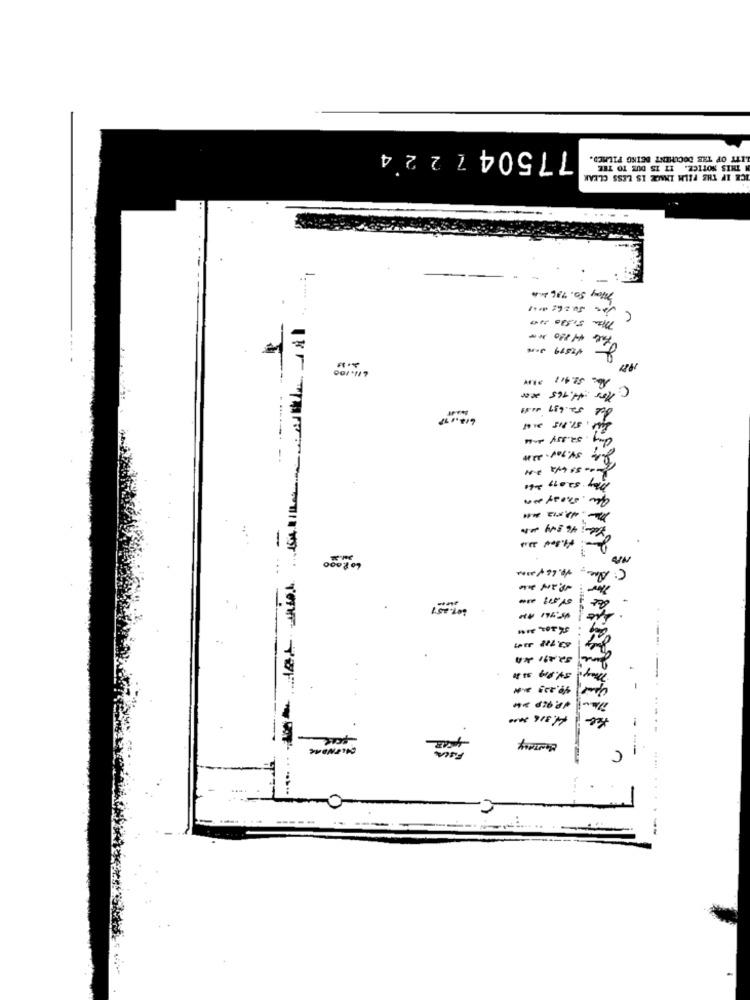
775047224
LITY OF THE DOCUMENT BEING PILMED.
CZ IF THE FILM INAGE IS LESS CLEAK
C. Por 4.465 200
------ --
He "hors fall
que vosy un
---
-
408.000
---
Leer NLYS
--.
ict's
-
C